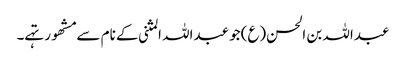
عبداللہ بن الحسن(ع)جو عبداللہ المثنی کے نام سے مشھور تہے۔